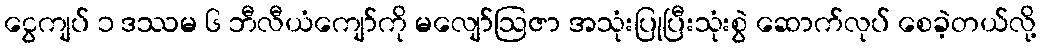
ငွေကျပ် ၁ ဒဿမ ၆ ဘီလီယံကျော်ကို မလျော်ဩဇာ အသုံးပြုပြီးသုံးစွဲ ဆောက်လုပ် စေခဲ့တယ်လို့